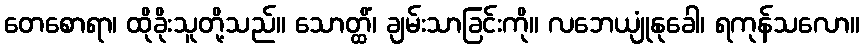
တေစောရာ၊ ထိုခိုးသူတို့သည်။ သောတ္ထိံ၊ ချမ်းသာခြင်းကို။ လဘေယျုံနုခေါ၊ ရကုန်သလော။